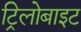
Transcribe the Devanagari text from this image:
ट्रिलोबाइट